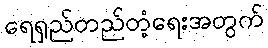
ရေရှည်တည်တံ့ရေးအတွက်